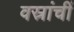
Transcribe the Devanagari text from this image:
वस्रांचीं